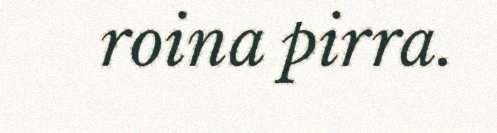
roina pirra.